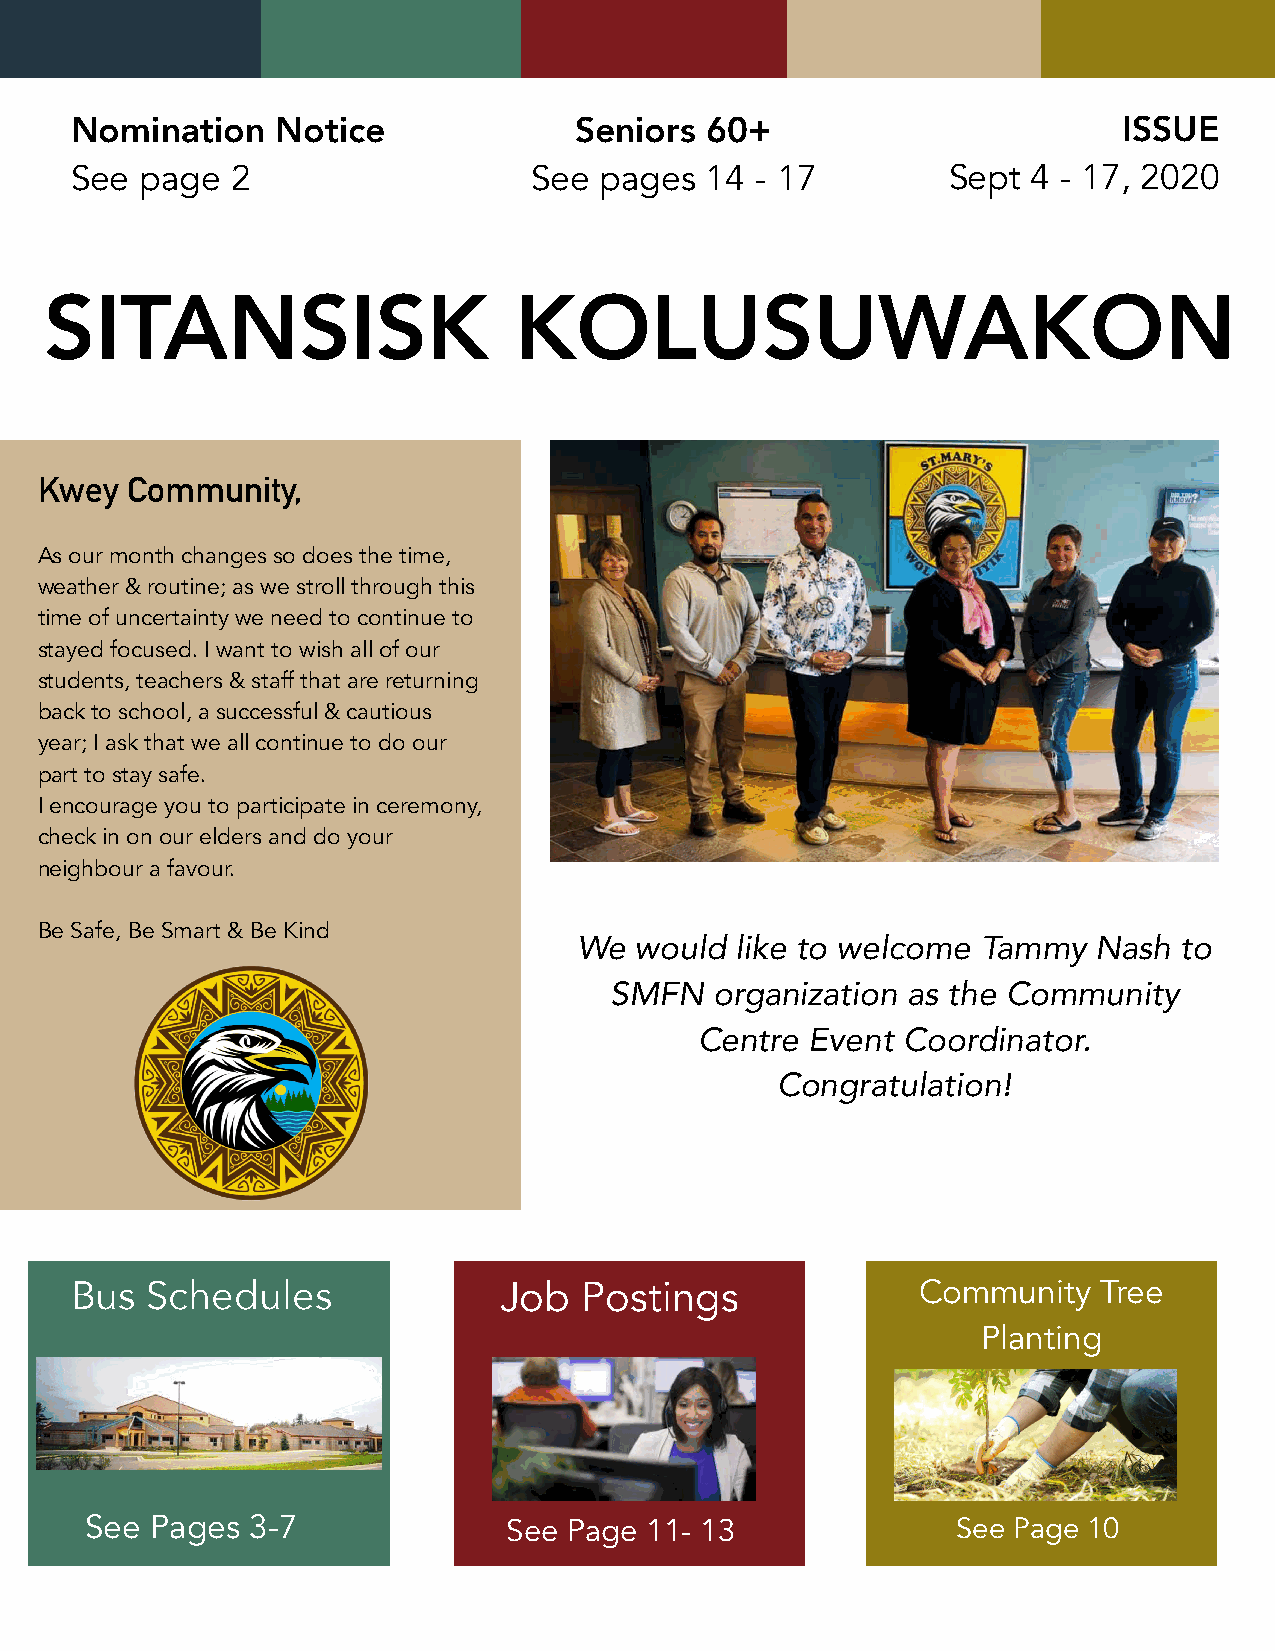
Nomination   Notice              Seniors  60+                        ISSUE
 See page  2                   See  pages  14 - 17         Sept 4 - 17, 2020
 SITANSISK                      KOLUSUWAKON
 Kwey  Community,
 As our month changes so does the time,
 weather & routine; as we stroll through this
 time of uncertainty we need to continue to
 stayed focused. I want to wish all of our
 students, teachers & staff that are returning
 back to school, a successful & cautious
 year; I ask that we all continue to do our
 part to stay safe.
 I encourage you to participate in ceremony,
 check in on our elders and do your
 neighbour a favour.
 Be Safe, Be Smart & Be Kind
 We  would  like to welcome Tammy   Nash to
 SMFN   organization as the Community
 Centre  Event Coordinator.
 Congratulation!
 Bus  Schedules              Job   Postings              Community   Tree
 Planting
 See Pages 3-7               See Page 11- 13              See Page 10